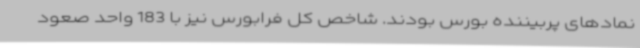
نمادهای پربیننده بورس بودند. شاخص کل فرابورس نیز با 183 واحد صعود